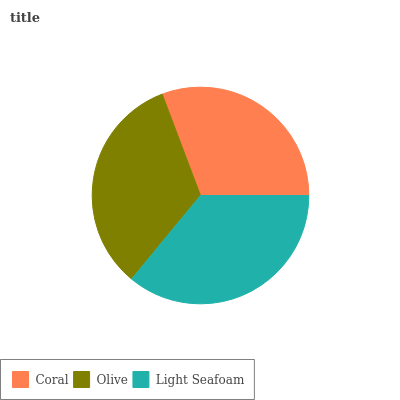
| Coral | Olive | Light Seafoam |
 | --- | --- | --- |
 | 30.7% | 33.3% | 36% |